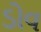
ડોવ